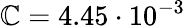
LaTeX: \mathbb{C}=4.45\cdot10^{-3}